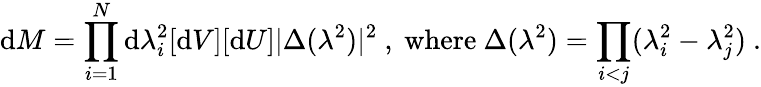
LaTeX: \mathrm{d}M=\prod_{i=1}^{N}\mathrm{d}\lambda_{i}^{2}[\mathrm{d}V][\mathrm{d}U]|\Delta(\lambda^{2})|^{2}\ ,\ \mathrm{where}\ \Delta(\lambda^{2})=\prod_{i<j}(\lambda_{i}^{2}-\lambda_{j}^{2})\ .